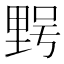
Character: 𮡔